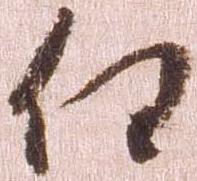
任